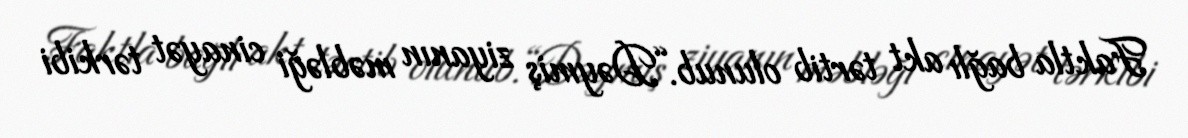
Faktla bağlı akt tərtib olunub.“Dəymiş ziyanın məbləği cinayət tərkibi